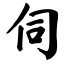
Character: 伺